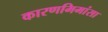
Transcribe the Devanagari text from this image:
कारणमिमांसा